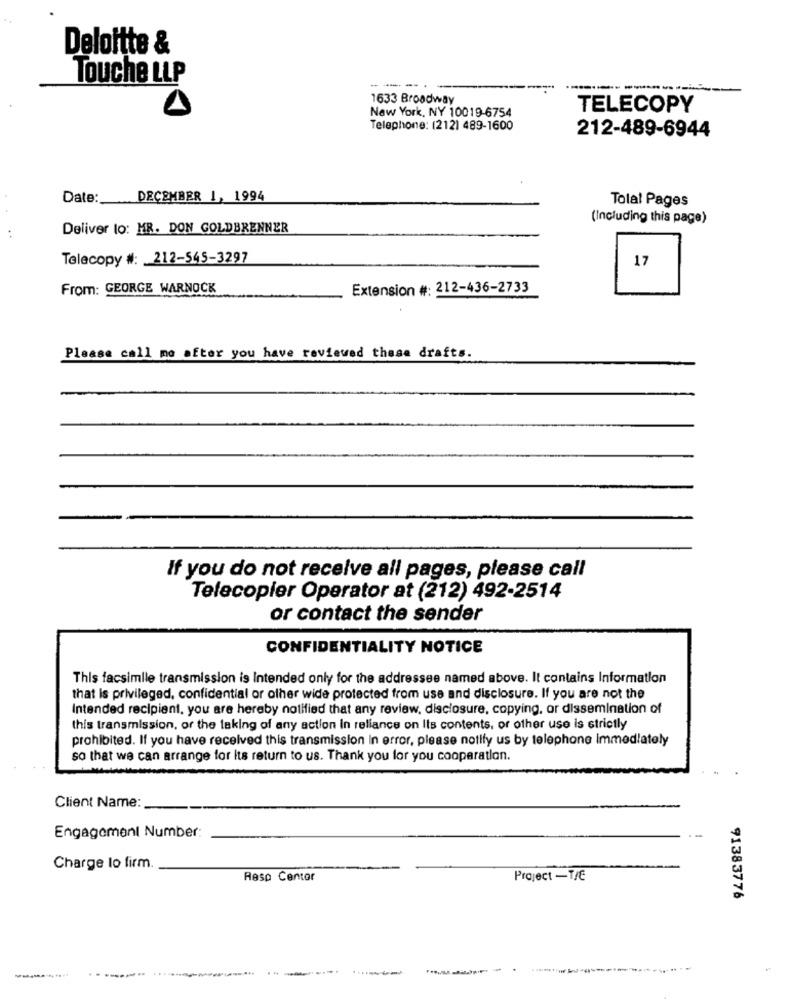
Deloitte &
Touche LLP
--- --.
1633 Broadway
New York, NY 10019-6754
TELECOPY
Telephone: (2121 489-1600
212-489-6944
Date :_
DECEMBER 1, 1994
Total Pages
(Including this page)
Deliver lo: MR. DON GOLDBRENNER
..
Telecopy #: 212-545-3297
17
From: GEORGE WARNOCK
Extension #: 212-436-2733
Please call me after you have reviewed these drafts.
If you do not receive all pages, please call
Telecopier Operator at (212) 492-2514
or contact the sender
CONFIDENTIALITY NOTICE
This facsimile transmission is Intended only for the addressee named above. It contains Information
that is privileged, confidential or other wide protected from use and disclosure. If you are not the
Intended recipient, you are hereby notified that any review, disclosure, copying, or dissemination of
this transmission, or the taking of any action in reliance on Its contents, or other use is strictly
prohibited. If you have received this transmission In error, please notify us by telephone Immediately
so that we can arrange for its return to us. Thank you for you cooperation.
Client Name:
Engagement Number:
.-
Charge lo firm
Resp Centor
Project -T/E
91383776